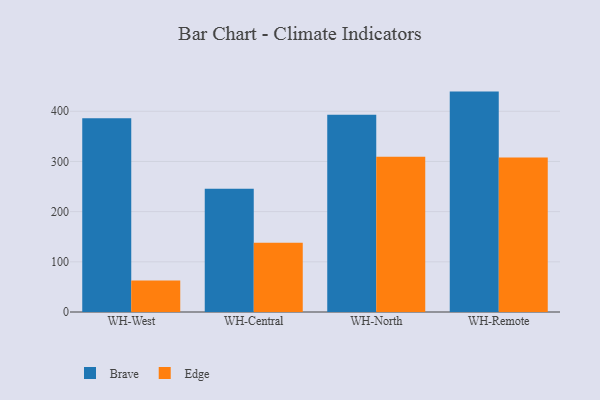
{"axis": {"x": "Warehouse", "y": "Website Visitors"}, "legend": ["Brave", "Edge"], "data": [{"x": "WH-West", "y": 385.9, "type": "Brave"}, {"x": "WH-West", "y": 62.8, "type": "Edge"}, {"x": "WH-Central", "y": 245.5, "type": "Brave"}, {"x": "WH-Central", "y": 137.9, "type": "Edge"}, {"x": "WH-North", "y": 393.2, "type": "Brave"}, {"x": "WH-North", "y": 309.2, "type": "Edge"}, {"x": "WH-Remote", "y": 439.2, "type": "Brave"}, {"x": "WH-Remote", "y": 307.7, "type": "Edge"}]}